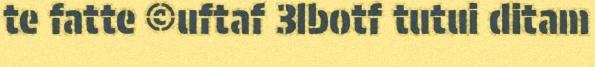
te fatte ©uftaf 3lbotf tutui ditam